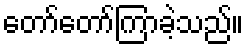
တော်တော်ကြာခဲ့သည်။